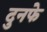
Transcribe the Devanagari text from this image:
दुनफे